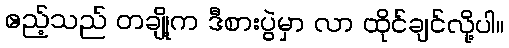
ဧည့်သည် တချို့က ဒီစားပွဲမှာ လာ ထိုင်ချင်လို့ပါ။